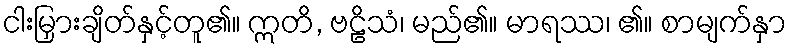
ငါးမြှားချိတ်နှင့်တူ၏။ ဣတိ, ဗဠိသံ၊ မည်၏။ မာရဿ၊ ၏။ စာမျက်နှာ